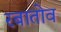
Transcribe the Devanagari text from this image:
रबातोव